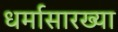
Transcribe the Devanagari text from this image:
धर्मासारख्या